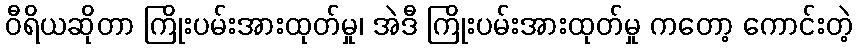
ဝီရိယဆိုတာ ကြိုးပမ်းအားထုတ်မှု၊ အဲဒီ ကြိုးပမ်းအားထုတ်မှု ကတော့ ကောင်းတဲ့